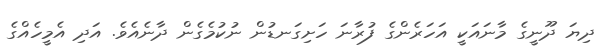
ދިޔަ ދޫނީގެ މާނައަކީ އަހަރެންގެ ފުރާނަ ހަށިގަނޑުން ނުކުމެގެން ދާނެއެވެ. އަދި އެމީހެއްގެ